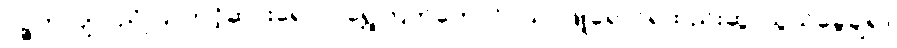
ပဉ္စကလျာ၊ ညိုပြာတင့်ဆင်းရောင်၊ ရွှေကြက်တောင်ဝယ်၊ ဖြူရောင်ရထည်းဆွ၊ သွယ်ခွေချ၍၊